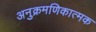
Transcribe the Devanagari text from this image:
अनुक्रमणिकात्मक